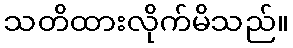
သတိထားလိုက်မိသည်။